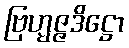
ဗြဟ္မဇ္ဇဒိဋ္ဌော